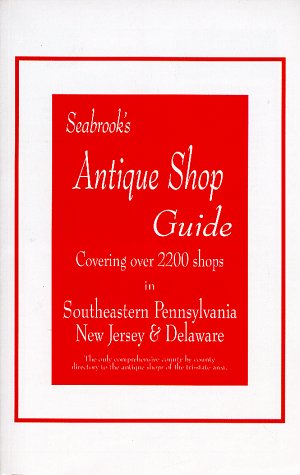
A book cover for Seabrooks Antique Shop Guide: Covering over 2200 Shops in Southeastern Pennsylvania, New Jersey, & Delaware; Seabrook Scott Trading Company; Travel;